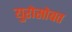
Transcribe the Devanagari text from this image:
युरोसोबत